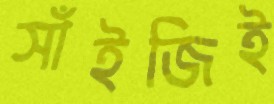
সাঁইজিই